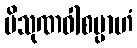
ပိသုဏဝါစမ္ပာဟံ